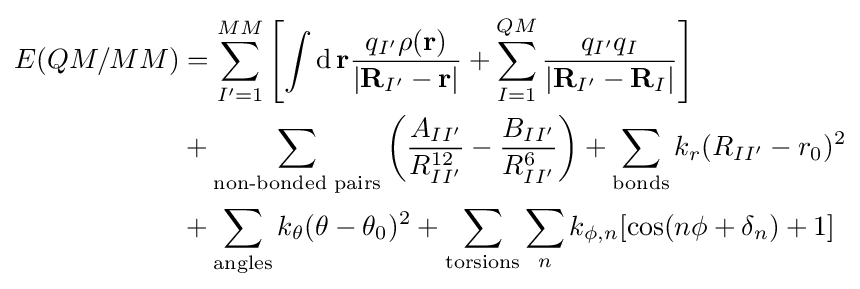
{\begin{aligned}E(QM/MM)&=\sum _{I'=1}^{MM}\left[\int \operatorname {d} \mathbf {r} {q_{I'}\rho (\mathbf {r} ) \over \left\vert \mathbf {R} _{I'}-\mathbf {r} \right\vert }+\sum _{I=1}^{QM}{\frac {q_{I'}q_{I}}{\left\vert \mathbf {R} _{I'}-\mathbf {R} _{I}\right\vert }}\right]\\&+\sum _{\text{non-bonded pairs}}\left({\frac {A_{II'}}{R_{II'}^{12}}}-{\frac {B_{II'}}{R_{II'}^{6}}}\right)+\sum _{\text{bonds}}k_{r}(R_{II'}-r_{0})^{2}\\&+\sum _{\text{angles}}k_{\theta }(\theta -\theta _{0})^{2}+\sum _{\text{torsions}}\sum _{n}k_{\phi ,n}[\cos(n\phi +\delta _{n})+1]\end{aligned}}